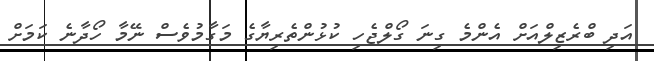
އަދި ބްރެޒިލްއަށް އެންމެ ގިނަ ގޯލްޖެހި ކުޅުންތެރިޔާގެ މަގާމުވެސް ނޭމާ ހޯދާނެ ކަމަށް